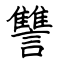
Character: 讐